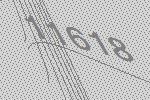
11618